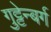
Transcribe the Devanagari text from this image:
गुट्टेन्बर्ग